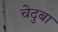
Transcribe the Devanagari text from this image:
चेदुबा